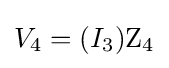
V_{4}=(I_{3})\mathrm {Z_{4}}